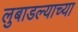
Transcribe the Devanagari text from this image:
लुबाडल्याच्या